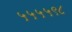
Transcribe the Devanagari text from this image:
५५५५९८